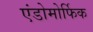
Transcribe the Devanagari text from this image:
एंडोमोर्फिक